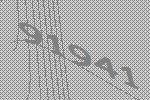
91941